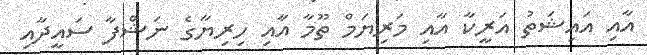
އާއި އައިޝަތު އަރީކާ އާއި މަރިޔަމް ތޫމާ އާއި ހިރިޔާގެ ނަޝްފާ ސައީދާއި